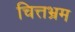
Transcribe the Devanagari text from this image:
चित्तभ्रम